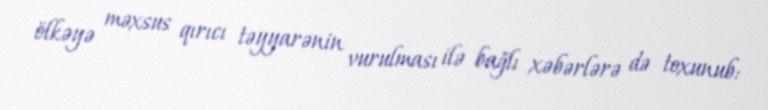
ölkəyə məxsus qırıcı təyyarənin vurulması ilə bağlı xəbərlərə də toxunub: